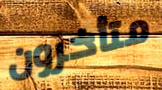
متأخرون